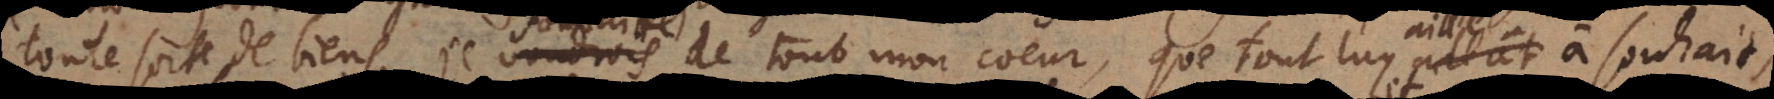
toute sorte de biens, je souhaitte de tout mon coeur, que tout luy aille